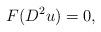
LaTeX: \begin{align*}F (D^2 u ) =0 ,\end{align*}